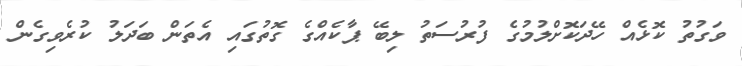
ވަގުތު ކޮޅެއް ހޭދަކޮށްލުމުގެ ފުރުސަތު ލިބޭ ޕާކެއްގެ ގޮތުގައި އެތަން ބަދަލު ކުރެވިގެން